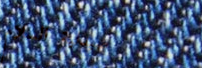
صيدلية السلام